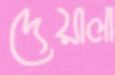
দেয়ালা